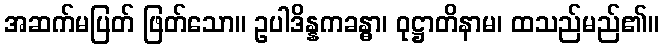
အဆက်မပြတ် ဖြတ်သော။ ဥပါဒိန္နကခန္ဓာ၊ ဝုဋ္ဌာတိနာမ၊ ထသည်မည်၏။